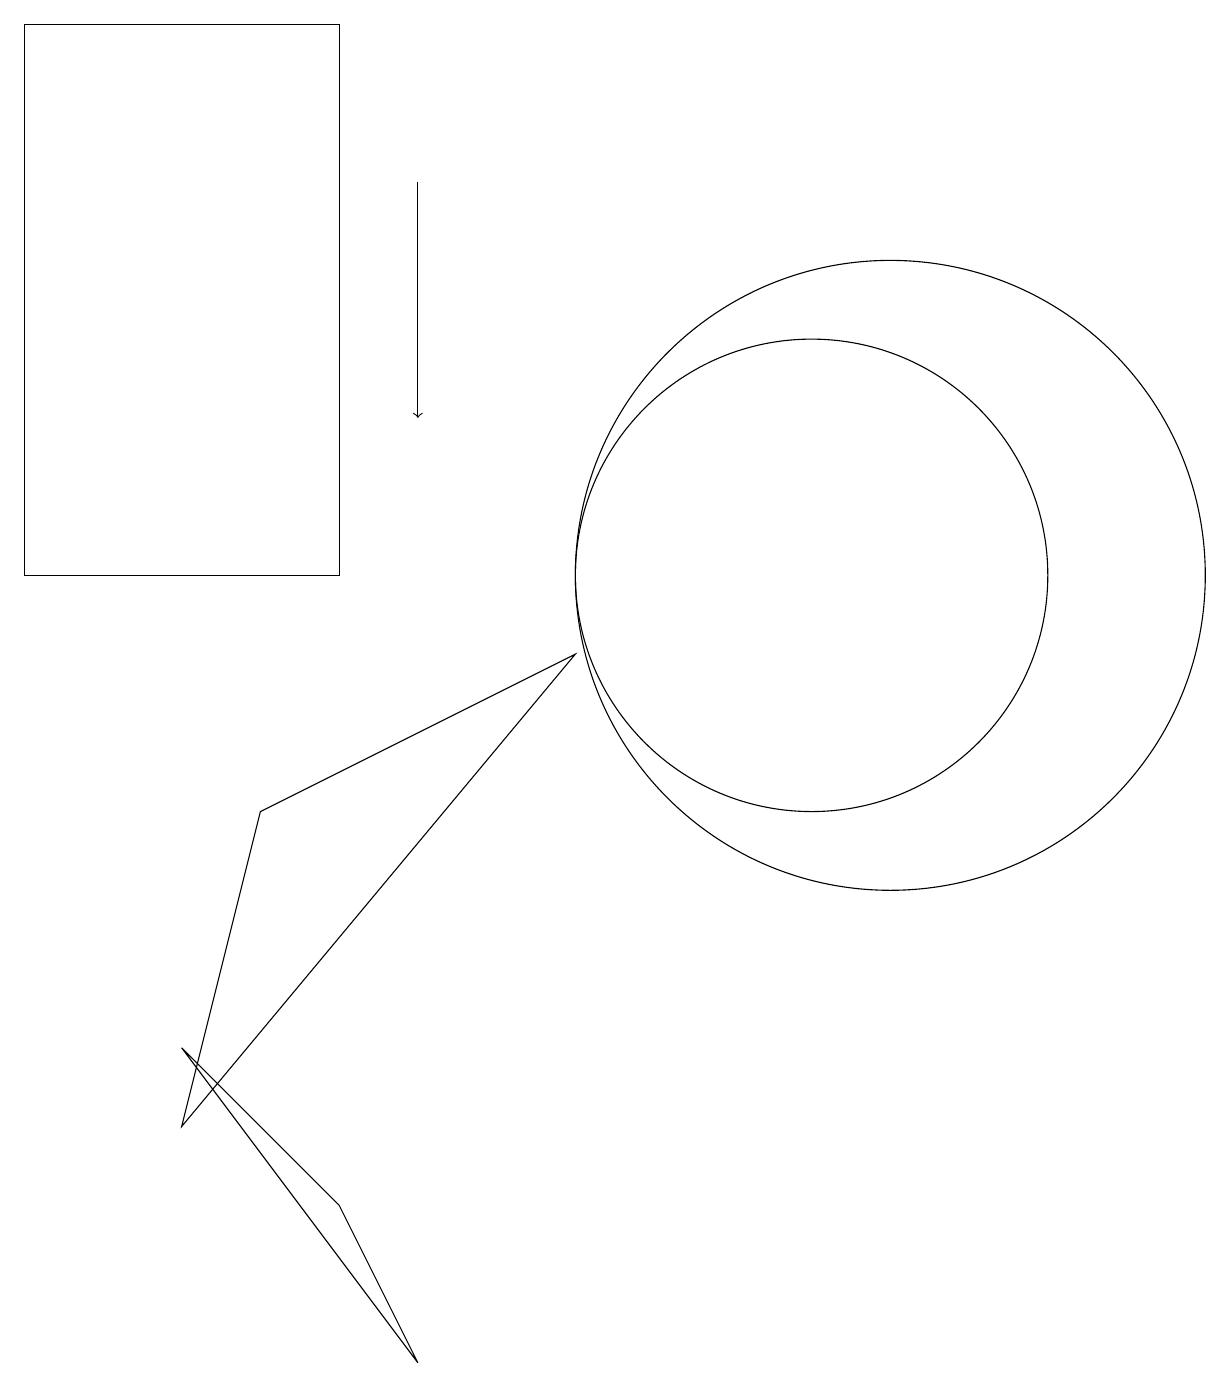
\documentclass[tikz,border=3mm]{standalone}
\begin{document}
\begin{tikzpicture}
\draw (3,4) -- (6,0) -- (5,2) -- cycle;
\draw (12,10) circle (4);
\draw (11,10) circle (3);
\draw (1,10) rectangle (5,17);
\draw[->] (6,15) -- (6,12);
\draw (4,7) -- (3,3) -- (8,9) -- cycle;
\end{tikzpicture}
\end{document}